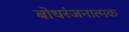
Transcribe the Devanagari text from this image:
बोधरंजनात्मक